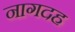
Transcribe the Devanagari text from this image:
नागदह